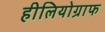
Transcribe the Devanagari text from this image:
हीलियोग्राफ